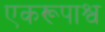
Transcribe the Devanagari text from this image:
एकरूपाश्व